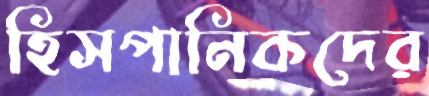
হিসপানিকদের